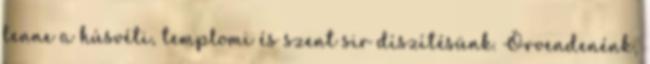
lenne a húsvéti, templomi és szent sir díszítésünk. Örvendenénk,